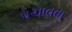
પચાવવા